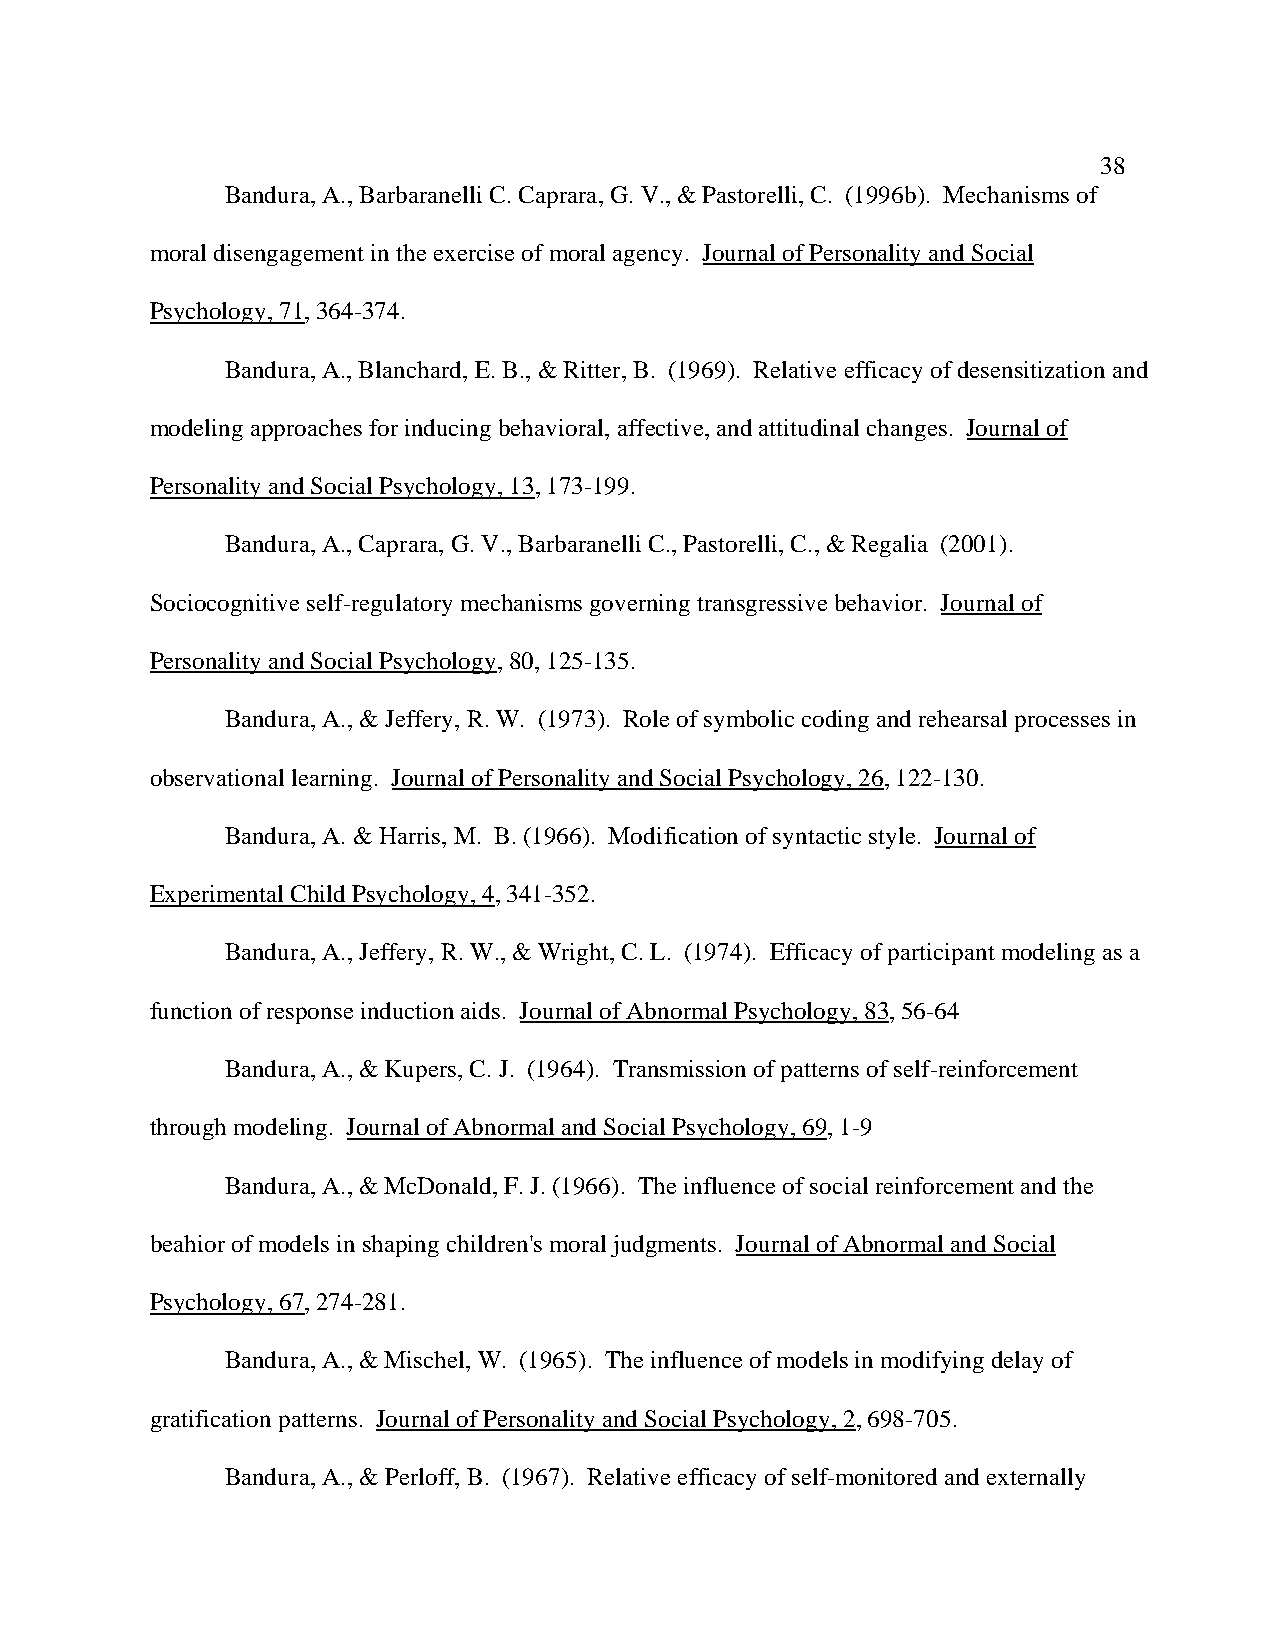
38
 Bandura, A., Barbaranelli C. Caprara, G. V., & Pastorelli, C. (1996b). Mechanisms of
 moral disengagement in the exercise of moral agency. Journal of Personality and Social
 Psychology, 71, 364-374.
 Bandura, A., Blanchard, E. B., & Ritter, B. (1969). Relative efficacy of desensitization and
 modeling approaches for inducing behavioral, affective, and attitudinal changes. Journal of
 Personality and Social Psychology, 13, 173-199.
 Bandura, A., Caprara, G. V., Barbaranelli C., Pastorelli, C., & Regalia (2001).
 Sociocognitive self-regulatory mechanisms governing transgressive behavior. Journal of
 Personality and Social Psychology, 80, 125-135.
 Bandura, A., & Jeffery, R. W. (1973). Role of symbolic coding and rehearsal processes in
 observational learning. Journal of Personality and Social Psychology, 26, 122-130.
 Bandura, A. & Harris, M. B. (1966). Modification of syntactic style. Journal of
 Experimental Child Psychology, 4, 341-352.
 Bandura, A., Jeffery, R. W., & Wright, C. L. (1974). Efficacy of participant modeling as a
 function of response induction aids. Journal of Abnormal Psychology, 83, 56-64
 Bandura, A., & Kupers, C. J. (1964). Transmission of patterns of self-reinforcement
 through modeling. Journal of Abnormal and Social Psychology, 69, 1-9
 Bandura, A., & McDonald, F. J. (1966). The influence of social reinforcement and the
 beahior of models in shaping children's moral judgments. Journal of Abnormal and Social
 Psychology, 67, 274-281.
 Bandura, A., & Mischel, W. (1965). The influence of models in modifying delay of
 gratification patterns. Journal of Personality and Social Psychology, 2, 698-705.
 Bandura, A., & Perloff, B. (1967). Relative efficacy of self-monitored and externally